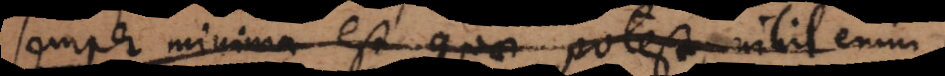
semper minima est, quae potest, nihil enim